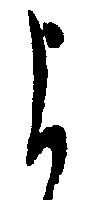
よ